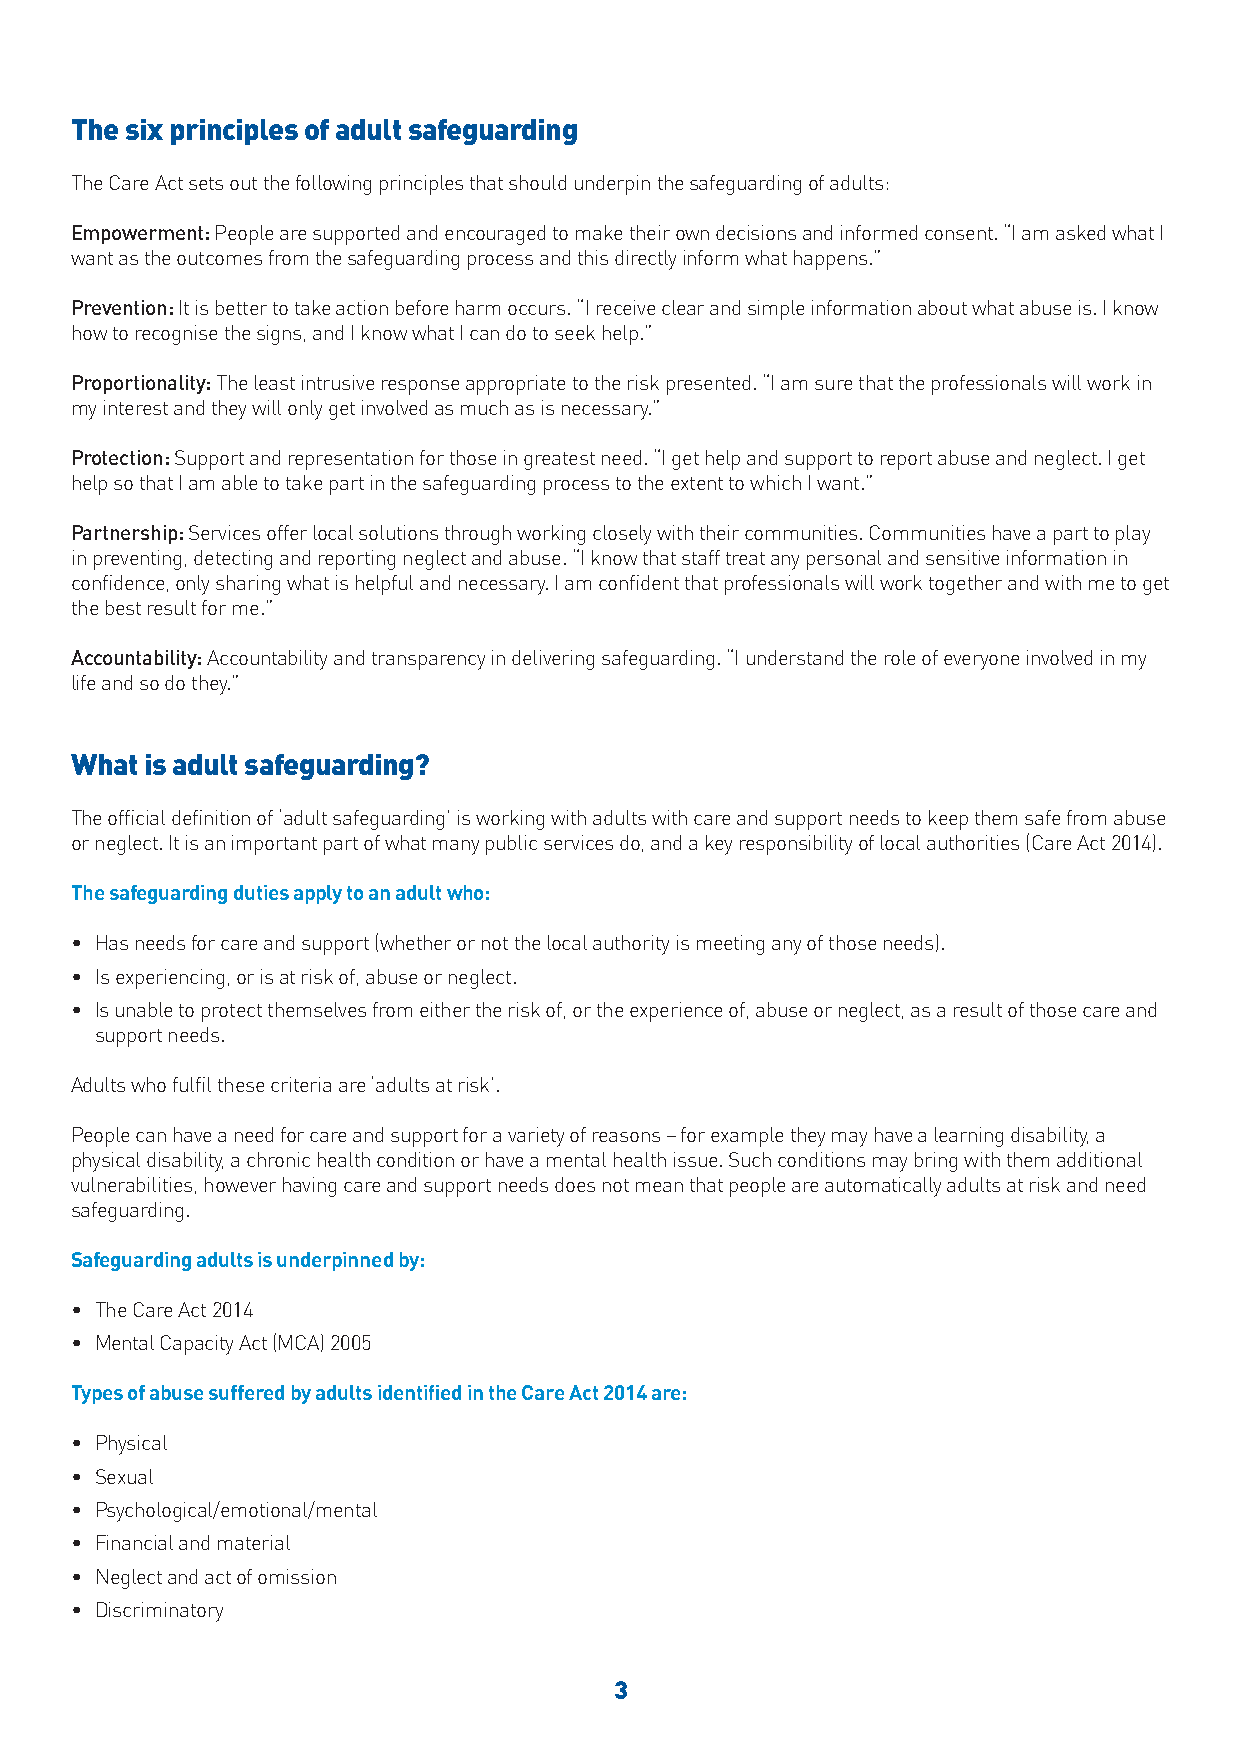
The six principles of adult safeguarding
 The Care Act sets out the following principles that should underpin the safeguarding of adults:
 Empowerment: People are supported and encouraged to make their own decisions and informed consent. “I am asked what I
 want as the outcomes from the safeguarding process and this directly inform what happens.”
 Prevention: It is better to take action before harm occurs. “I receive clear and simple information about what abuse is. I know
 how to recognise the signs, and I know what I can do to seek help.”
 Proportionality: The least intrusive response appropriate to the risk presented. “I am sure that the professionals will work in
 my interest and they will only get involved as much as is necessary.”
 Protection: Support and representation for those in greatest need. “I get help and support to report abuse and neglect. I get
 help so that I am able to take part in the safeguarding process to the extent to which I want.”
 Partnership: Services offer local solutions through working closely with their communities. Communities have a part to play
 in preventing, detecting and reporting neglect and abuse. “I know that staff treat any personal and sensitive information in
 confidence, only sharing what is helpful and necessary. I am confident that professionals will work together and with me to get
 the best result for me.”
 Accountability: Accountability and transparency in delivering safeguarding. “I understand the role of everyone involved in my
 life and so do they.”
 What is adult safeguarding?
 The official definition of ‘adult safeguarding’ is working with adults with care and support needs to keep them safe from abuse
 or neglect. It is an important part of what many public services do, and a key responsibility of local authorities (Care Act 2014).
 The safeguarding duties apply to an adult who:
 • Has needs for care and support (whether or not the local authority is meeting any of those needs).
 • Is experiencing, or is at risk of, abuse or neglect.
 • Is unable to protect themselves from either the risk of, or the experience of, abuse or neglect, as a result of those care and
 support needs.
 Adults who fulfil these criteria are ‘adults at risk’.
 People can have a need for care and support for a variety of reasons – for example they may have a learning disability, a
 physical disability, a chronic health condition or have a mental health issue. Such conditions may bring with them additional
 vulnerabilities, however having care and support needs does not mean that people are automatically adults at risk and need
 safeguarding.
 Safeguarding adults is underpinned by:
 • The Care Act 2014
 • Mental Capacity Act (MCA) 2005
 Types of abuse suffered by adults identified in the Care Act 2014 are:
 • Physical
 • Sexual
 • Psychological/emotional/mental
 • Financial and material
 • Neglect and act of omission
 • Discriminatory
 3